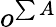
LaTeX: o^{\sum A}